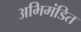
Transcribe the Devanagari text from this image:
अभिमंडित